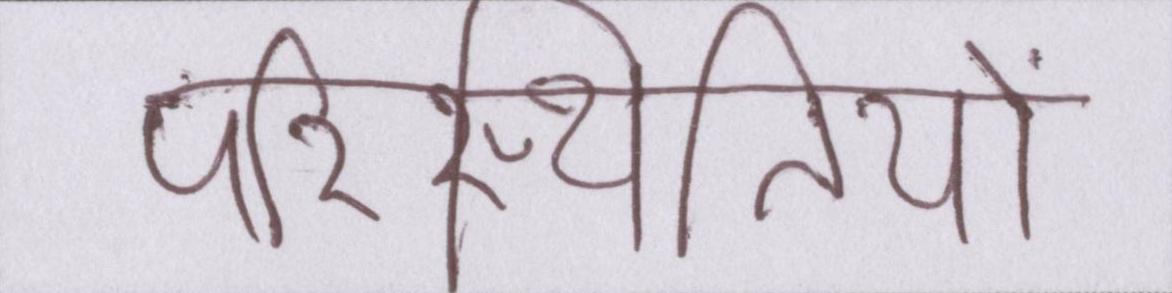
परिस्थितियों